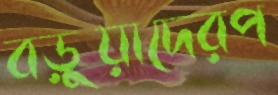
বড়ুয়াদেরপ